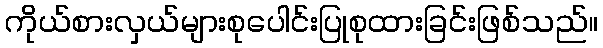
ကိုယ်စားလှယ်များစုပေါင်းပြုစုထားခြင်းဖြစ်သည်။